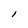
Character: l